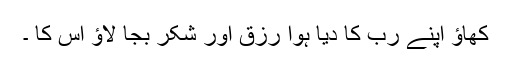
کھاؤ اپنے رب کا دیا ہوا رزق اور شکر بجا لاؤ اس کا ۔